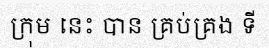
ក្រុម នេះ បាន គ្រប់គ្រង ទី